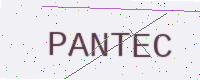
Text: PANTEC